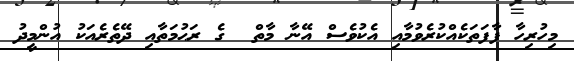
މިހުރިހާ ފާފަތަކެއްކުރެވުމާއި އެކުވެސް އޭނާ މާތް  ގެ ރަޙުމަތާއި ދޭތެރެއަކު އުންމީދު